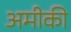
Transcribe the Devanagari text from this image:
अमीकी